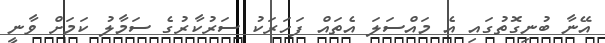
އޭނާ ބުނިގޮތުގައި އެ މައްސަލަ އެތައް ފަހަރަކު ސަރުކާރުގެ ސަމާލު ކަމަށް ވާނީ